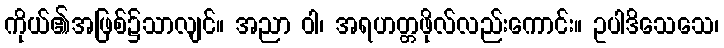
ကိုယ်၏အဖြစ်၌သာလျင်။ အညာ ဝါ၊ အရဟတ္တဖိုလ်လည်းကောင်း။ ဥပါဒိသေသေ၊